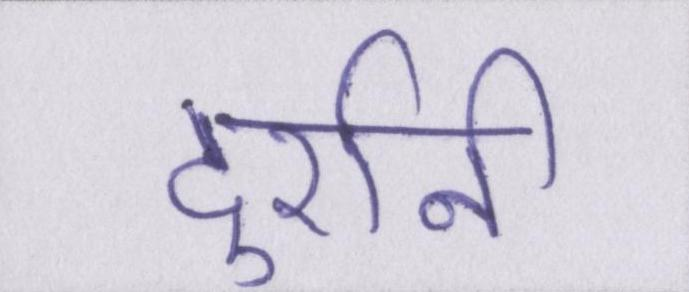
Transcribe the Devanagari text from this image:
दुर्रानी